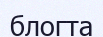
блогта